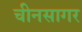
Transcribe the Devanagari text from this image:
चीनसागर